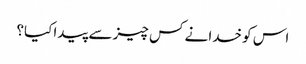
اس کو خدا نے کس چیز سے پیدا کیا؟